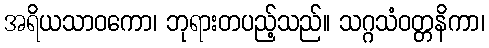
အရိယသာဝကော၊ ဘုရားတပည့်သည်။ သဂ္ဂသံဝတ္တနိကာ၊